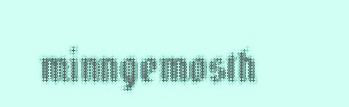
minngemosth